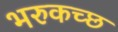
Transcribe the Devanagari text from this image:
भरुकच्छ